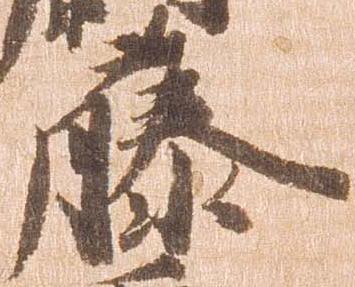
藤